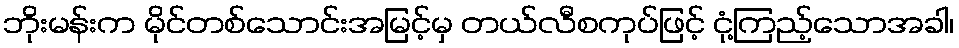
ဘိုးမန်းက မိုင်တစ်သောင်းအမြင့်မှ တယ်လီစကုပ်ဖြင့် ငုံ့ကြည့်သောအခါ၊